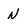
Character: N